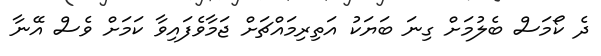
ދެ ކޯމަސް ބެލުމަށް ގިނަ ބަޔަކު އަތިރިމައްޗަށް ޖަމާވެފައިވާ ކަމަށް ވެސް އޭނާ